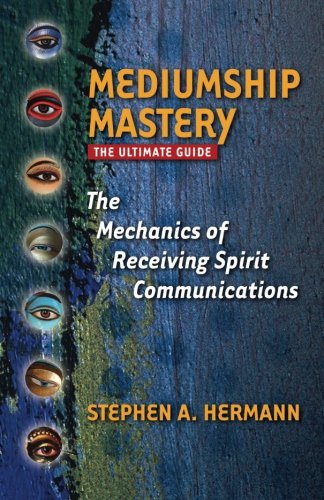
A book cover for Mediumship Mastery: The Mechanics of Receiving Spirit Communications: The Ultimate Guide; Stephen A. Hermann; Religion & Spirituality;